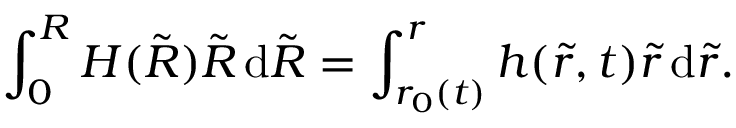
\int _ { 0 } ^ { R } H ( \tilde { R } ) \tilde { R } \, \mathrm { d } \tilde { R } = \int _ { r _ { 0 } ( t ) } ^ { r } h ( \tilde { r } , t ) \tilde { r } \, \mathrm { d } \tilde { r } .